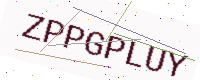
Text: ZPPGPLUY